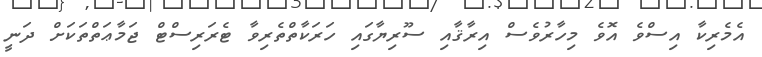
އެމެރިކާ އިސްވެ އޮވެ މިހާރުވެސް އިރާޤާއި ސޫރިޔާގައި ހަރަކާތްތެރިވާ ޓެރަރިސްޓް ޖަމާޢަތްތަކަށް ދަނީ